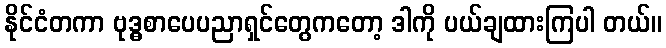
နိုင်ငံတကာ ဗုဒ္ဓစာပေပညာရှင်တွေကတော့ ဒါကို ပယ်ချထားကြပါ တယ်။